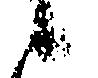
候